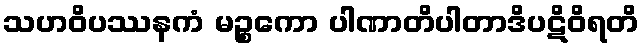
သဟဝိပဿနကံ မဉ္စကော ပါဏာတိပါတာဒိပဋိဝိရတိ